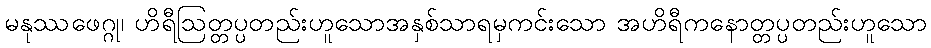
မနုဿဖေဂ္ဂု၊ ဟိရီဩတ္တပ္ပတည်းဟူသောအနှစ်သာရမှကင်းသော အဟိရီကနောတ္တပ္ပတည်းဟူသော